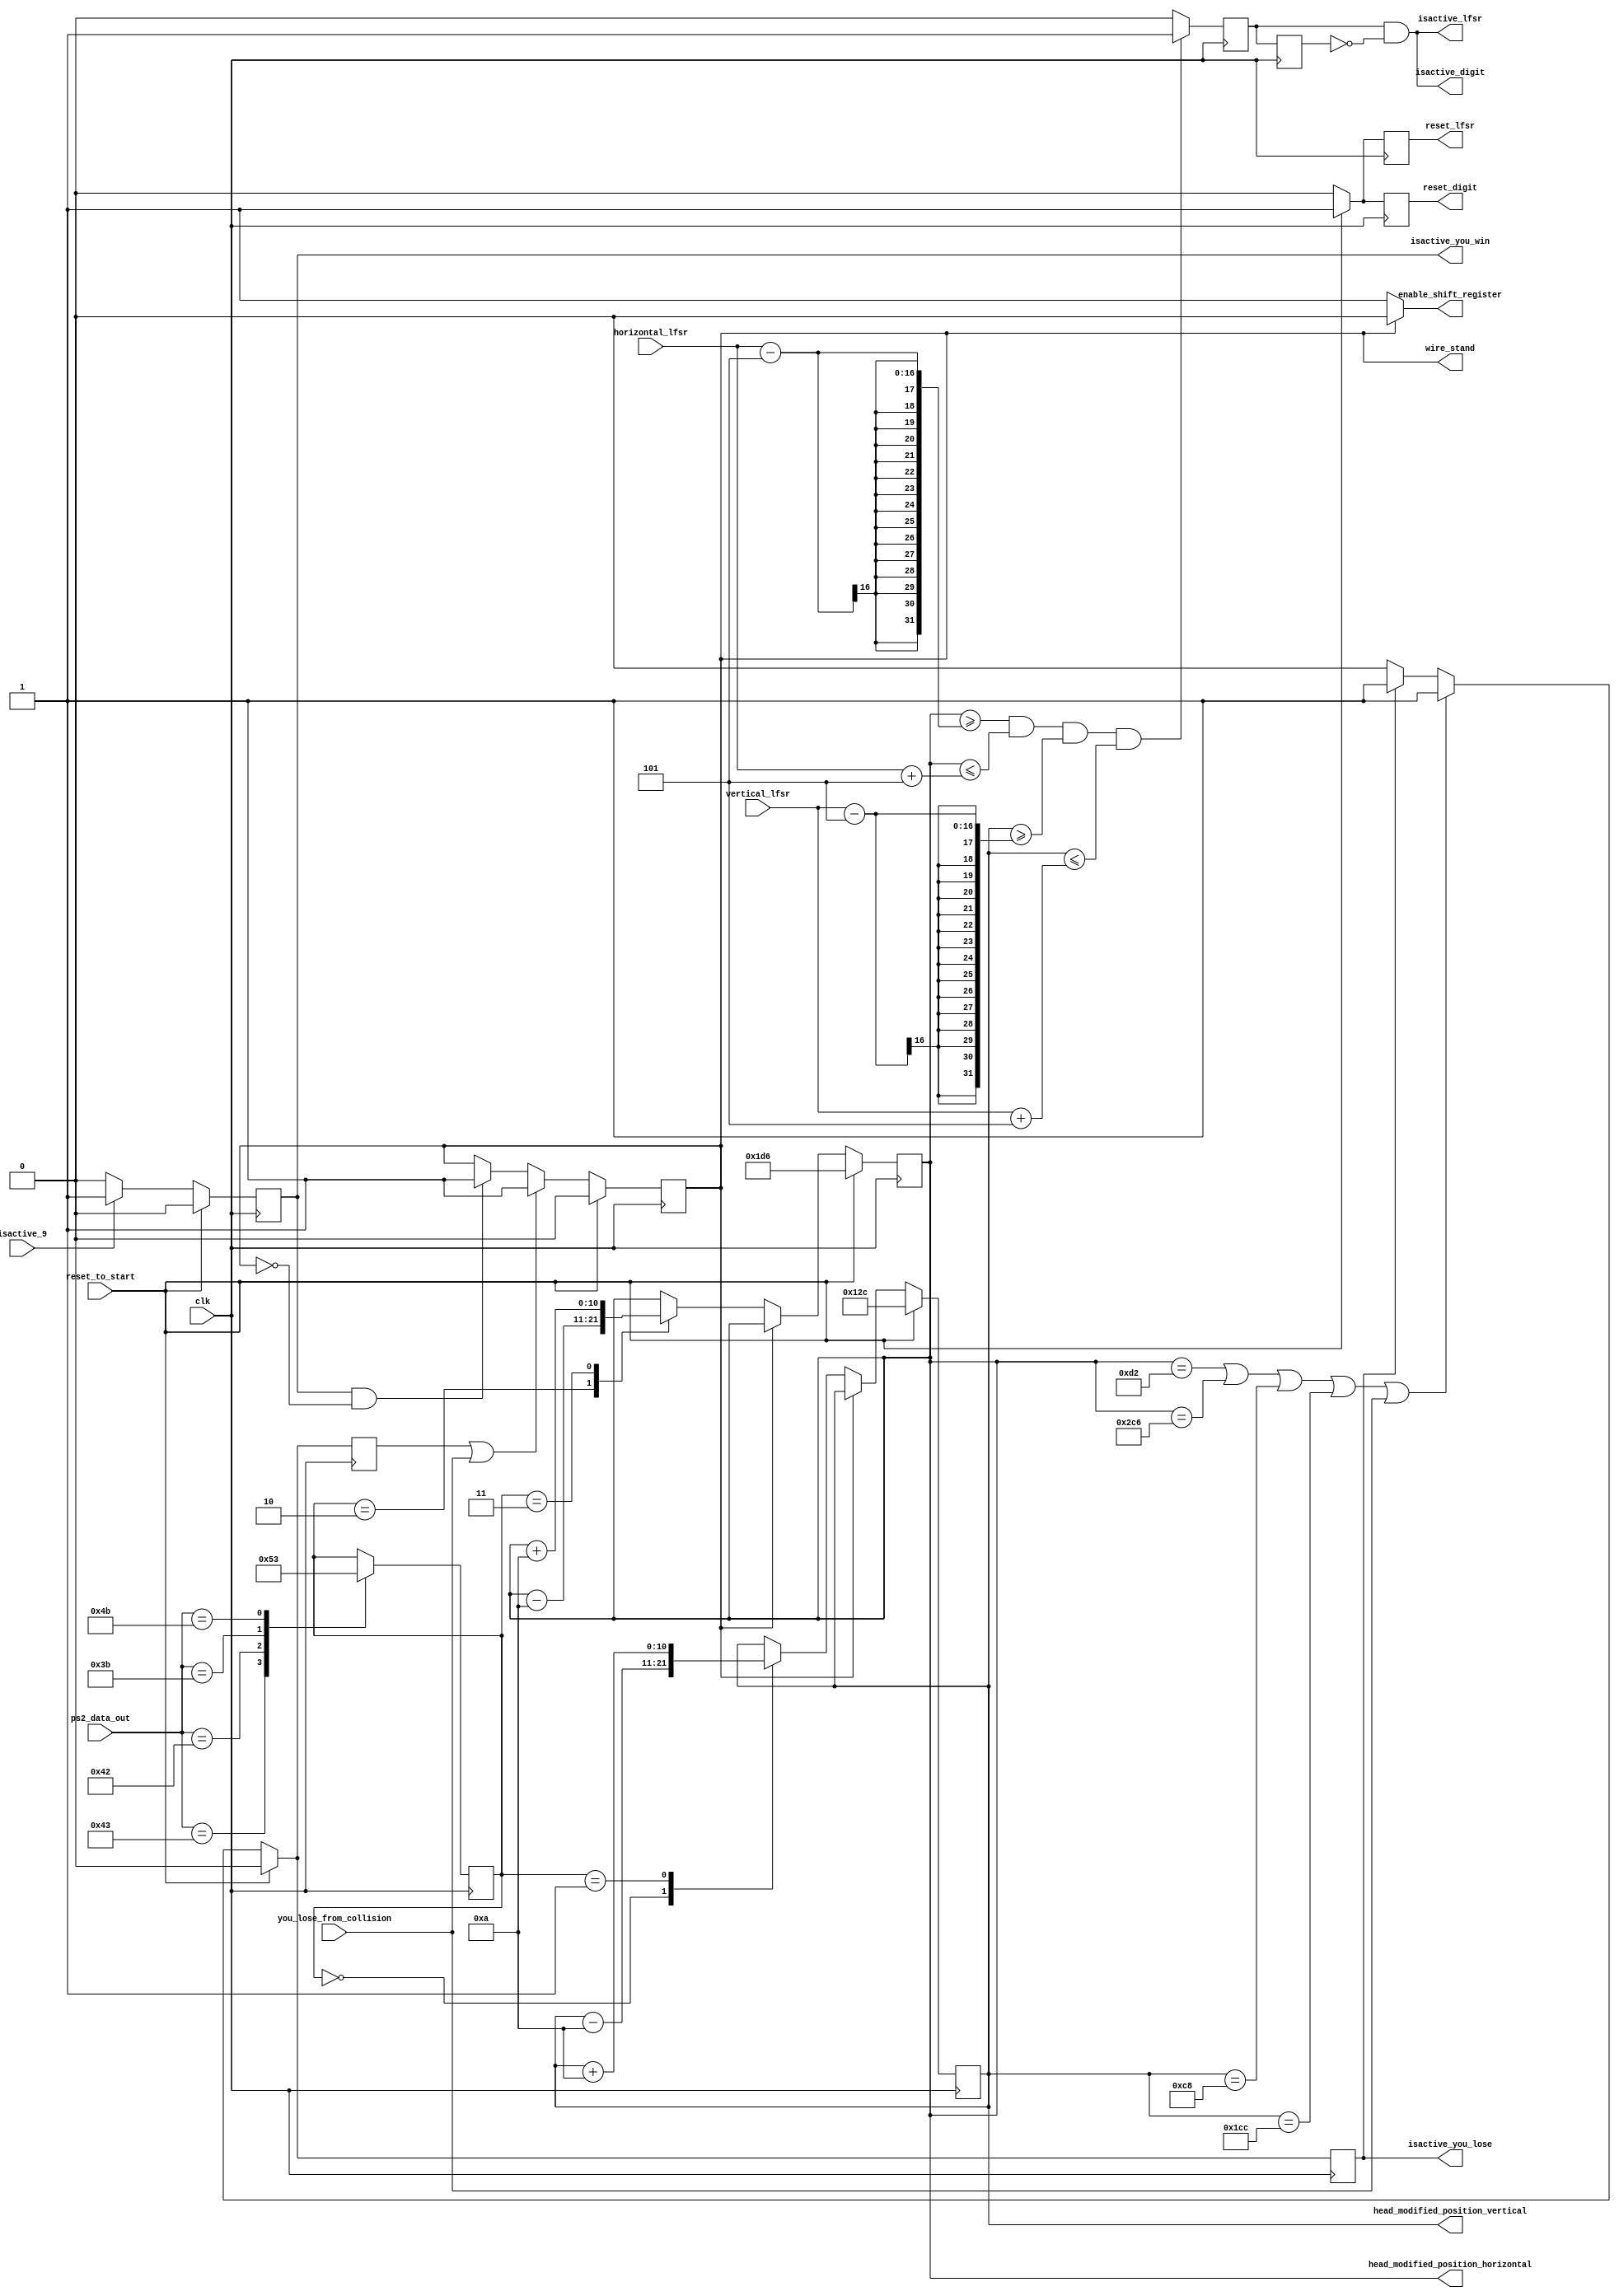
`timescale 1ns / 1ps
module Snake_Game_Logic_Menu_V2
    
    (
    
        input clk,
        input [7:0] ps2_data_out,
        
        input reset_to_start,
        //input stand,
        input isactive_9,
        
        input [15:0] horizontal_lfsr, 
        input [15:0] vertical_lfsr,
        
        input you_lose_from_collision,
        
        output isactive_digit, 
        output reset_digit, 
        
        output enable_shift_register,
        output isactive_lfsr, 
        output reset_lfsr,
        
        output isactive_you_lose, 
        output isactive_you_win, 
        
        output [10:0] head_modified_position_horizontal,
        output [10:0] head_modified_position_vertical, 
        output wire_stand

    );
reg stand;     
reg [10:0] head_coord_horizontal, head_coord_horizontal_next, head_coord_vertical, head_coord_vertical_next;    
reg [2:0] direction; 
reg reg_isactive_lfsr, reg_isactive_digit, reg_reset_lfsr, reg_reset_isactive_digit;
//reg reset_to_start;
reg pulse_signal, prev_pulse_signal; 
reg pulse_youwin, prev_pulse_youwin; 
reg pulse_youlose, prev_pulse_youlose;
reg isactive_youlose_reg;

always@(posedge clk) begin
    
    case(ps2_data_out)
    
        8'h43: direction <= 3'b000; // I pentru sus
        8'h42: direction <= 3'b001; // K pentru jos
        8'h3B: direction <= 3'b010; // J pentru stanga
        8'h4B: direction <= 3'b011; // L pentru dreapta

        default: direction <= direction; 
    endcase
end   
      

always@(posedge clk) 
begin 
    
    if (reset_to_start) 
        begin
            head_coord_horizontal <= 470;
            head_coord_vertical <= 300;
            
            reg_reset_lfsr <= 1; 
            reg_reset_isactive_digit <= 1; 
              
            reg_isactive_lfsr <= 0; 
            reg_isactive_digit <= 0; 
             
        end
    
    else if(!stand)
        begin
                
                reg_reset_lfsr <= 0; 
                reg_reset_isactive_digit <= 0; 
                
                case(direction)
                    3'b000: head_coord_vertical <= head_coord_vertical - 10; // Sus
                    3'b001: head_coord_vertical <= head_coord_vertical + 10; // Jos
                    3'b010: head_coord_horizontal <= head_coord_horizontal - 10; // Stanga
                    3'b011: head_coord_horizontal <= head_coord_horizontal + 10; // Dreapta
                    default:
                    begin
                        head_coord_horizontal <= head_coord_horizontal;
                        head_coord_vertical <= head_coord_vertical;
                    end
                endcase
        end
    else
        begin   
                  reg_reset_lfsr <= 0; 
                  reg_reset_isactive_digit <= 0; 
                
                  head_coord_horizontal <= head_coord_horizontal;
                  head_coord_vertical <= head_coord_vertical;                          
        end    
        
end  

always@(posedge clk)
    begin
    
        if(reset_to_start)
            begin   
                pulse_youwin <= 0; 
            end
       else
            begin     
        
                if(isactive_9) 
                    begin 
                            pulse_youwin <= 1; 
                    end
                 
                 else
                    begin
                            pulse_youwin <= 0; 
                    end   
                    
            end
                  
    end

always@(posedge clk)
begin
    if(reset_to_start)
        begin
            pulse_youlose <= 0;
            isactive_youlose_reg <= 0;
        end
    else
        begin
            if(head_coord_horizontal == 210 || head_coord_horizontal == 710 || head_coord_vertical == 200 || head_coord_vertical == 460 || you_lose_from_collision == 1) 
                begin 
                    pulse_youlose <= 1;
                    isactive_youlose_reg <= 1;
                end
            else if(isactive_youlose_reg == 1)
                begin
                    pulse_youlose <= 1;
                    isactive_youlose_reg <= 1;
                end
            else
                begin
                    pulse_youlose <= 0;
                    isactive_youlose_reg <= 0;
                end   
        end     
end       

always@(posedge clk)
begin
    if(reset_to_start)
        stand <= 0;
    else if(pulse_youlose == 1 || you_lose_from_collision == 1)
        stand <= 1;
    else if(pulse_youwin == 1 && stand == 0)
        stand <= 1;
    else
        stand <= stand;
end
    

always@(posedge clk) 
begin
    if(head_coord_horizontal >= horizontal_lfsr - 5 && head_coord_horizontal <= horizontal_lfsr + 5 && head_coord_vertical >= vertical_lfsr - 5 && head_coord_vertical <= vertical_lfsr + 5)
        begin
            
            pulse_signal <= 1; 
            
        end
    else
        begin
        
            pulse_signal <= 0; 
            
        end    
    
    prev_pulse_signal <= pulse_signal; 
    
end

assign isactive_you_win = pulse_youwin; 
assign isactive_you_lose = isactive_youlose_reg; 
assign wire_stand = stand; 

assign isactive_lfsr = pulse_signal & ~prev_pulse_signal;
assign isactive_digit = pulse_signal & ~prev_pulse_signal;
    
assign head_modified_position_horizontal  = head_coord_horizontal;
assign head_modified_position_vertical = head_coord_vertical;    
//assign isactive_lfsr = reg_isactive_lfsr; 
//assign isactive_digit = reg_isactive_digit; 
assign reset_digit = reg_reset_isactive_digit; 
assign reset_lfsr = reg_reset_lfsr;
assign enable_shift_register = (stand) ? 0 : 1;     
endmodule